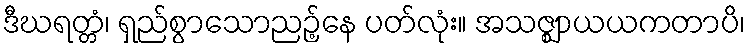
ဒီဃရတ္တံ၊ ရှည်စွာသောညဉ့်နေ ပတ်လုံး။ အသဇ္ဈာယယကတာပိ၊